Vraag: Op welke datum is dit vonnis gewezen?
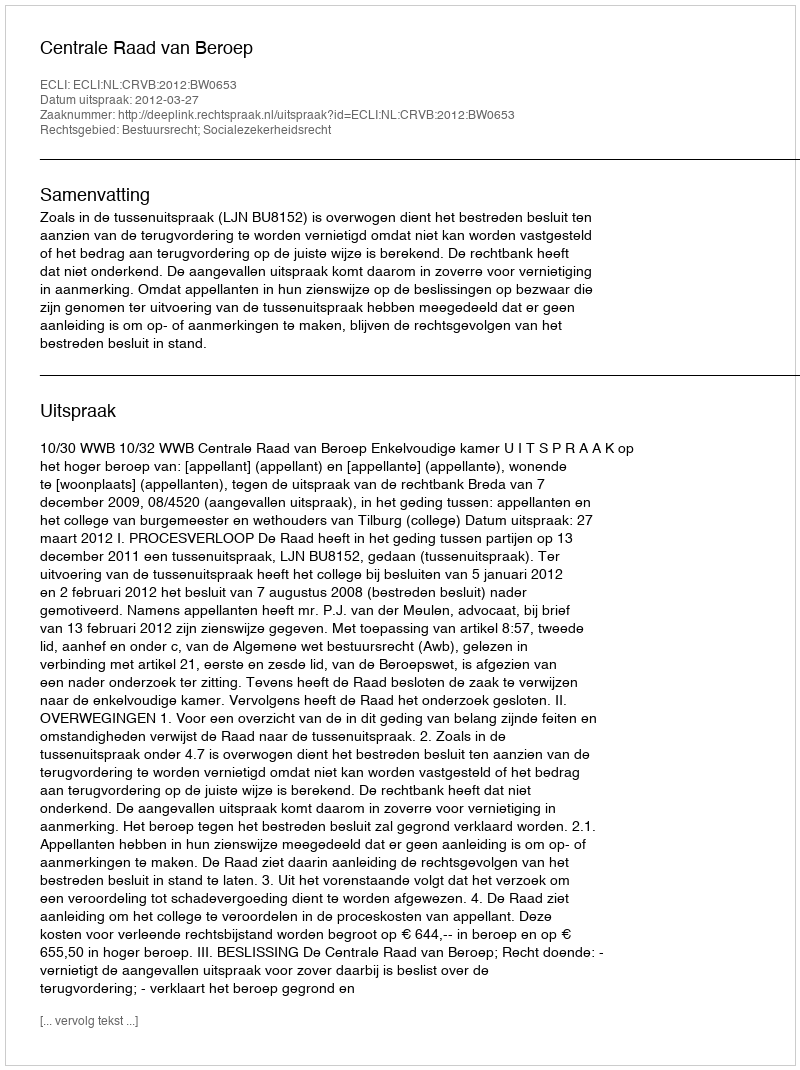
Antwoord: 2012-03-27